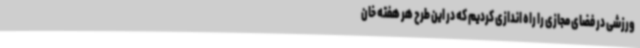
ورزشی در فضای مجازی را راه اندازی کردیم که در این طرح هر هفته خان